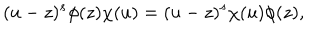
( u - z ) ^ { s } \phi ( z ) \chi ( u ) = ( u - z ) ^ { s } \chi ( u ) \phi ( z ) ,